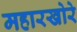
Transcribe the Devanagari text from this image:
महारखोरे